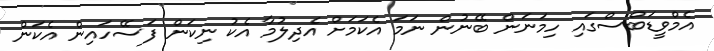
އެމްވީޑަބްސްގައި ހިމަނަން ބޭނުން ނަމަ އެކަމަށް އެދިލުމާ އެކު ނިކަން ފަސޭހައިން އެކަން